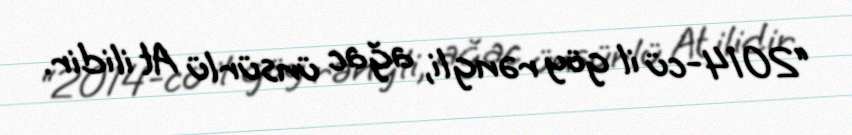
“2014-cü il göy rəngli, ağac ünsürlü At ilidir.